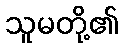
သူမတို့၏